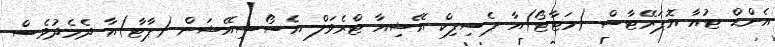
އެންޑް ޓުއާ އޮޕަރޭޓާސް (މަޓާޓޯ)އާ ޕެސިފިކް އޭޝިއާ ޓްރެވަލް އެސޯސިއޭޝަން (ޕާޓާ)އާ ދެމެދުވެސް